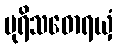
ပုရိသဓောရယှံ